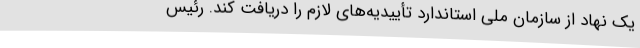
یک نهاد از سازمان ملی استاندارد تأییدیه‌های لازم را دریافت کند. رئیس